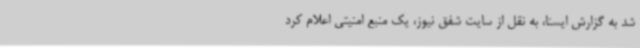
شد به گزارش ایسنا، به نقل از سایت شفق نیوز، یک منبع امنیتی اعلام کرد